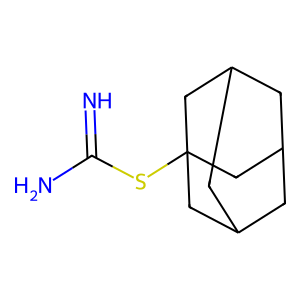
SMILES: N=C(N)SC12CC3CC(CC(C3)C1)C2
Inhibits HIV replication: No